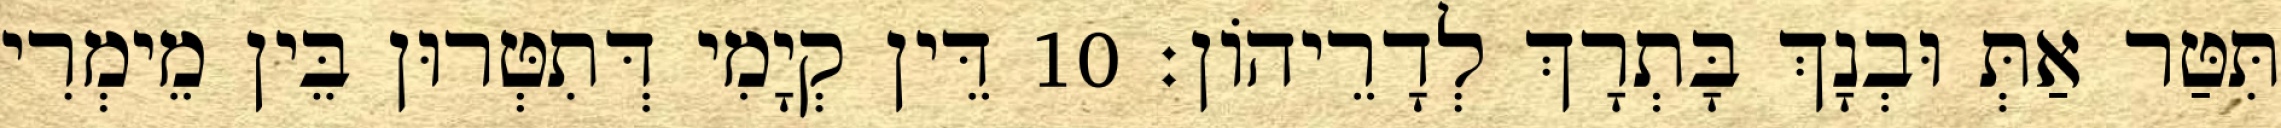
תִּטַּר אַתְּ וּבְנָךְ בָּתְרָךְ לְדָרֵיהוֹן׃ 10 דֵּין קְיָמִי דְּתִטְּרוּן בֵּין מֵימְרִי